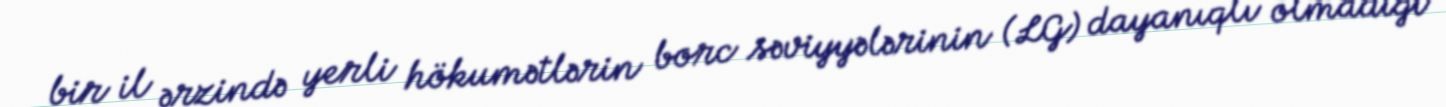
bir il ərzində yerli hökumətlərin borc səviyyələrinin (LG) dayanıqlı olmadığı